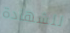
للشهادة